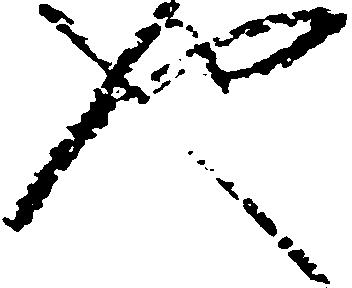
也